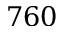
7 6 0